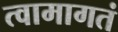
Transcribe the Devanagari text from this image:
त्वामागतं